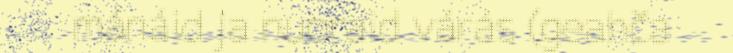
mánáid ja nuoraid várás (geahča